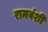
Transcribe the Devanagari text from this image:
रामवंशी